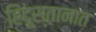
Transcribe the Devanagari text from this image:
हिंदूस्तानात